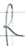
Text: R